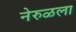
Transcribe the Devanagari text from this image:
नेरुळला